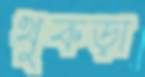
থুকড়া